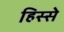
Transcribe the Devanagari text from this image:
हिस्‍स्‍ो